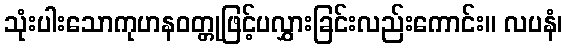
သုံးပါးသောကုဟနဝတ္တုဖြင့်ပလွှားခြင်းလည်းကောင်း။ လပနံ၊